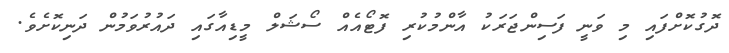
ދޮގުކޮށްފައި މި ވަނީ ފަސިންޖަރަކު އާންމުކުރި ފޮޓޯއެއް ސޯޝަލް މީޑިއާގައި ދައުރުވަމުން ދަނިކޮށެވެ.